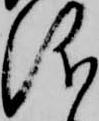
儀